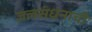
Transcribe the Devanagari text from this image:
जलसंधनाची